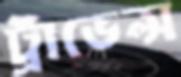
ট্রাভেল্স